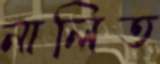
নালিত